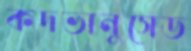
কদভানুসেড